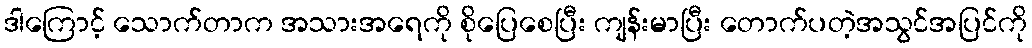
ဒါကြောင့် သောက်တာက အသားအရေကို စိုပြေစေပြီး ကျန်းမာပြီး တောက်ပတဲ့အသွင်အပြင်ကို